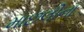
માછલીના